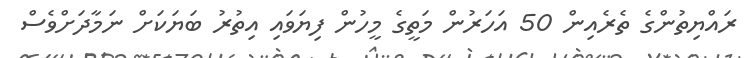
ރައްޔިތުންގެ ތެރެއިން 50 އަހަރުން މަތީގެ މީހުން ފިޔަވައި އިތުރު ބަޔަކަށް ނަމާދަށްވެސް